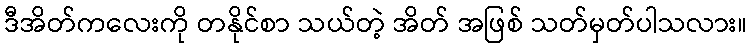
ဒီအိတ်ကလေးကို တနိုင်စာ သယ်တဲ့ အိတ် အဖြစ် သတ်မှတ်ပါသလား။